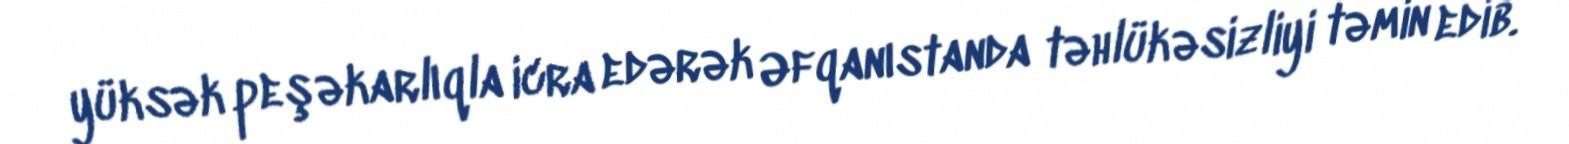
yüksək peşəkarlıqla icra edərək Əfqanıstanda təhlükəsizliyi təmin edib.